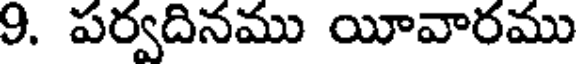
9. పర్వదినము యీవారము